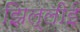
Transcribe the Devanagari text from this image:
झिल्लीई